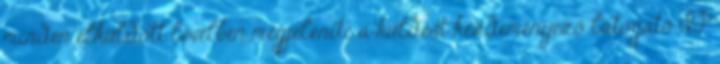
minden elküldött levélben megjeleníti a küldést kezdeményező látogató IP